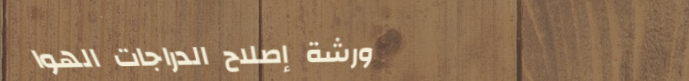
ورشة إصلاح الدراجات الهوا